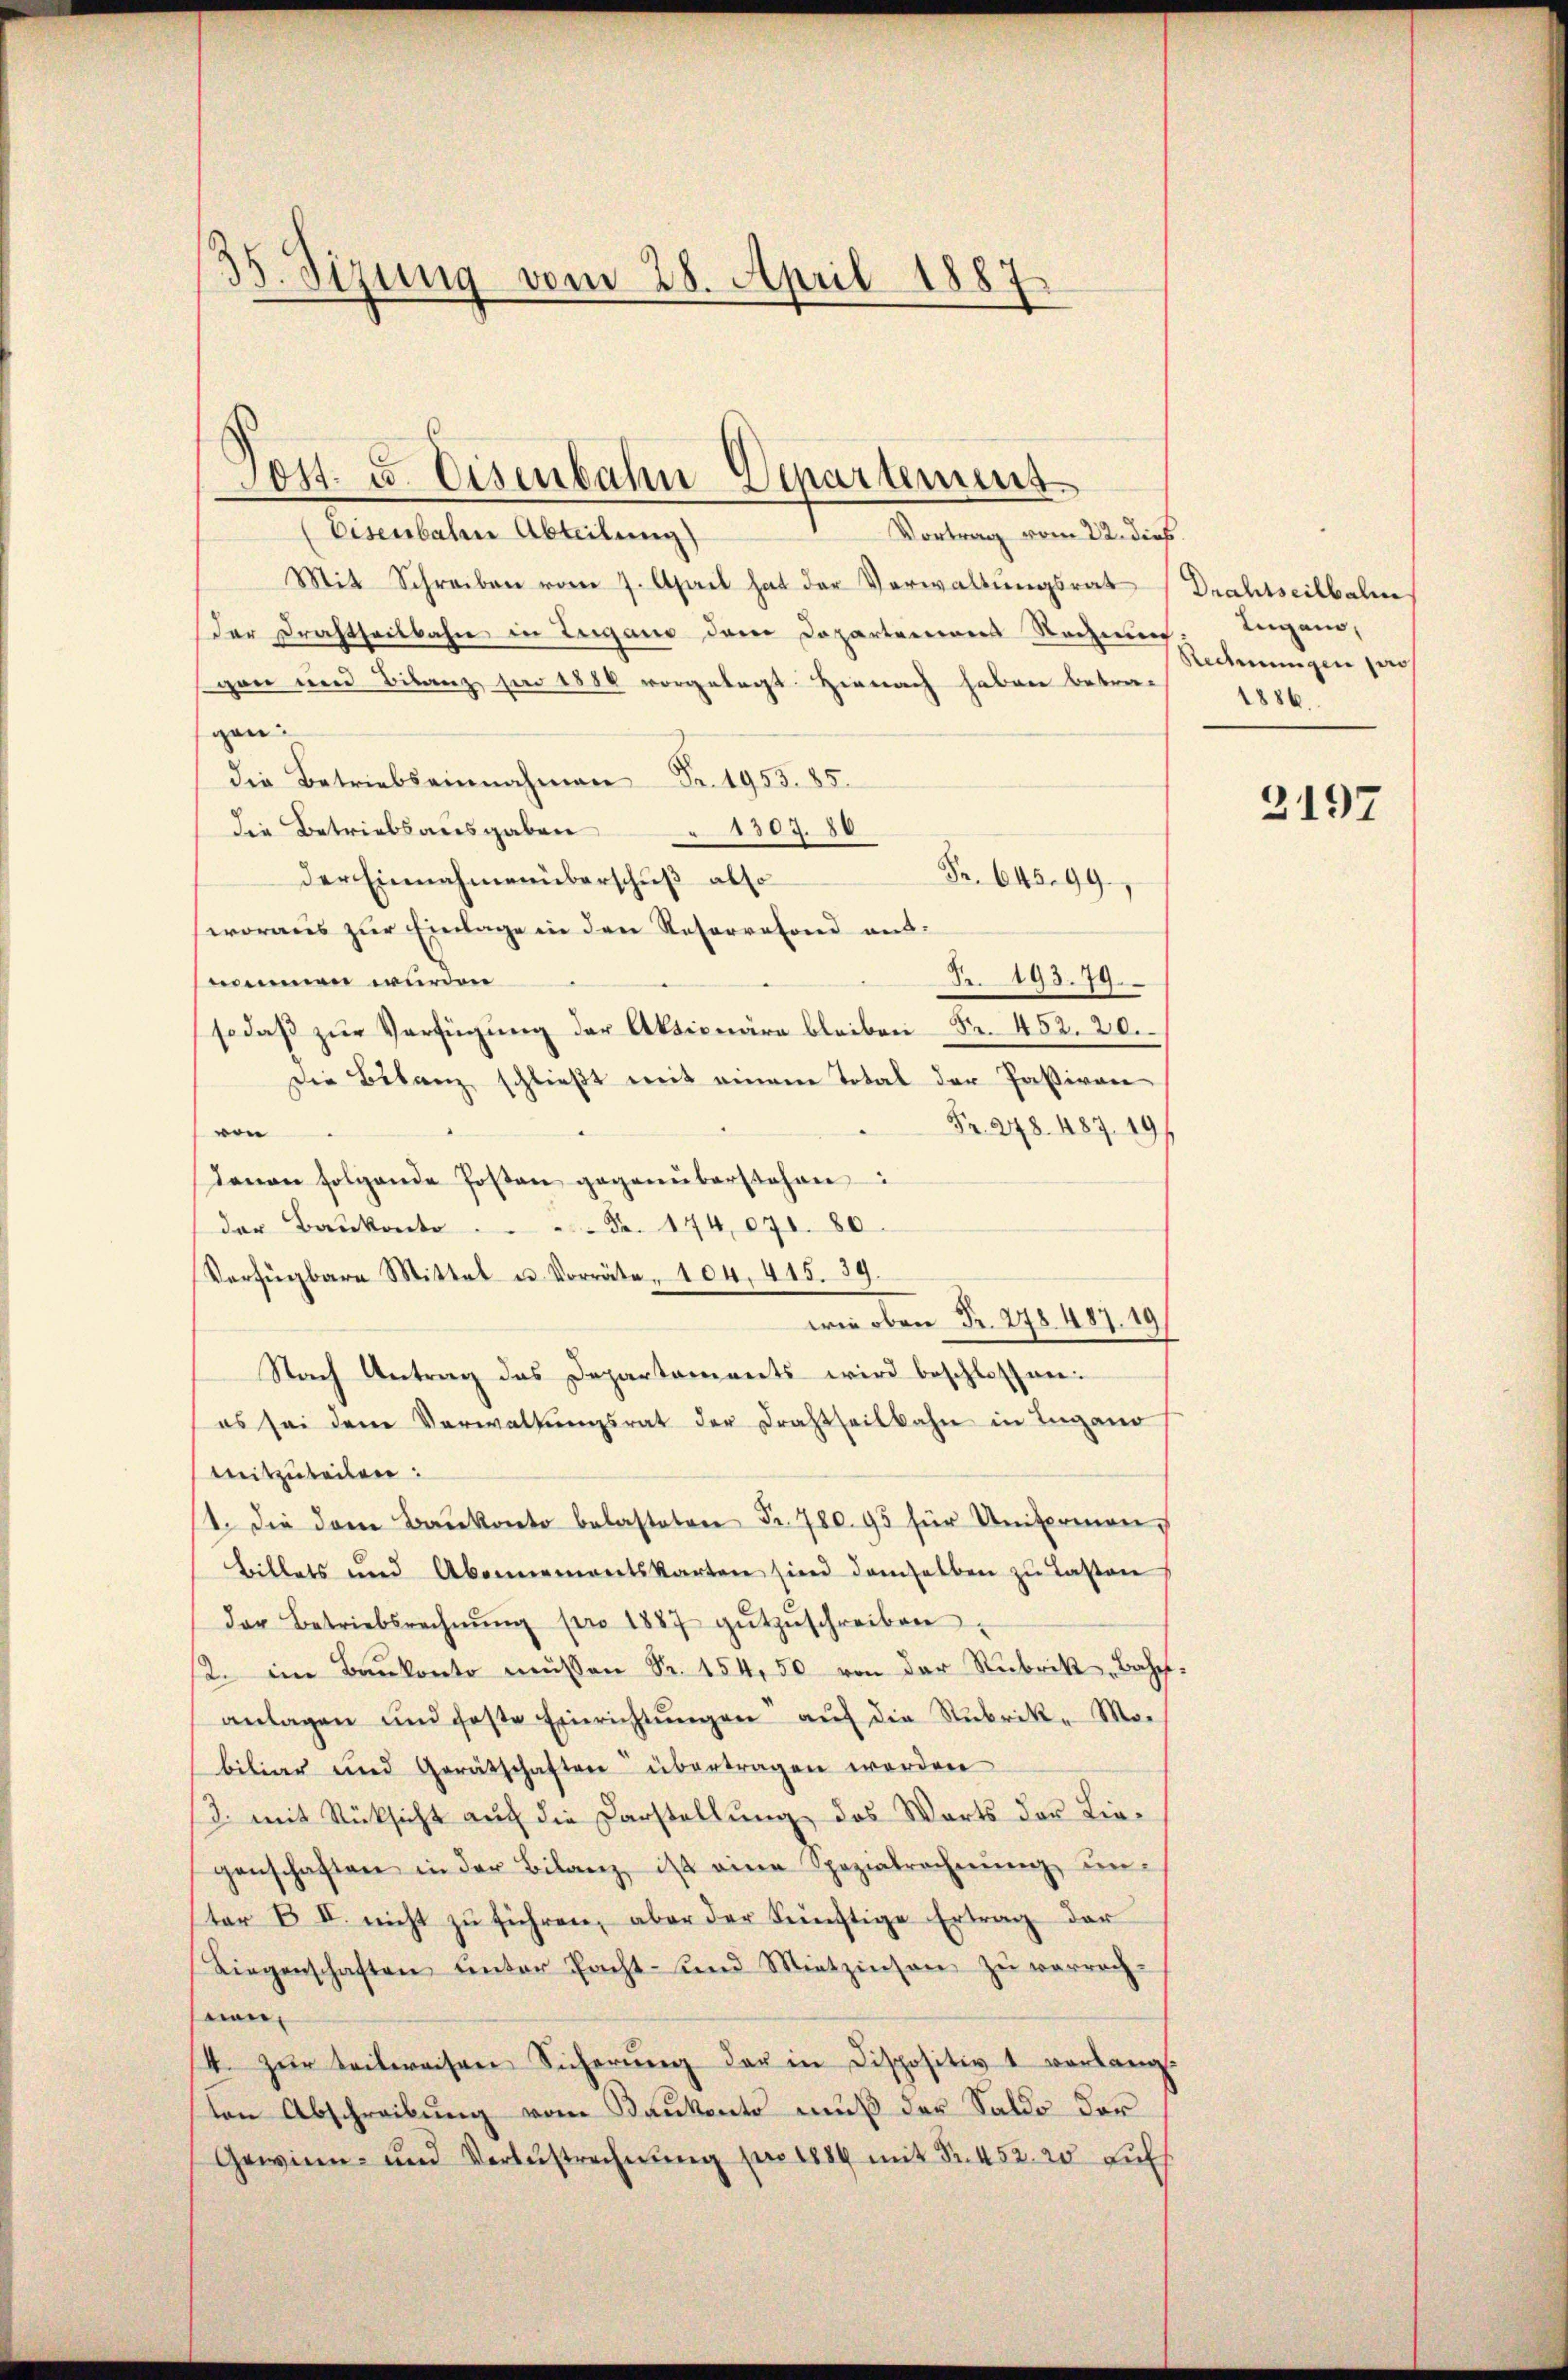
35. Sizung vom 28. April 1887

Vortrag vom 22. dieß.
Mit Schreiben vom 7. April hat der Verwaltungsrat
der Drahtheilbahn in Zugano dem Departemons Rechnung
gan und Bilanz sie 1880 vorgelegt. Hienach haben betra-
gen
die Betriebseinnahmen Fr. 1953. 85.
die Betriebsausgaben
1309. 80
Fr. 645. 99,
der Einnahmenüberschuß also
woraus zur Einlage in den Reservefond ausnommen würden
Fr. 193. 79.
sodaß zur Verfügung der Aktionäre bleiben Fr. 452. 20.
Die Bilanz schließt mit einem Total der Paßiven
Fr. 248. 487. 19
von
denen folgende Posten gegenüberstehen:
der Baŭkonto  ..  ..  ..  ..  Fr. 174,071. 80.
Verfügbare Mittel u. Vorräte, 104, 415. 39.
wie oben Fr. 278. 487. 19
Nach Antrag das Departaments wird beschlossen:
es sei den Verwaltŭngsrat der Drahtheilbahn in Ingano
mitzuteilen:
1. die dem Baŭkonto belasteten Fr. 780. 95 für Untermon
Billets und Abonnementskarten sind demselben zu Lasten
der Betriebsrechnŭng pro 1887 gŭtzŭschreiben.
2. im Baŭkonto müssen Fr. 154,50 von der Rubrik, Bahn-
anlagen und feste Einrichtŭngen aŭf die Rubrik- Mor
biliar und Gerätschaften übertragen worden
3. mit Rücksicht aŭf die Darstellŭng, das Warts der Lie-
genschaften in der Bilanz ist eine Spezialrechnŭng ŭn-
ster B I. nicht zŭ führen, aber der künftige Ertrag der
Liegenschaften unter Pacht- und Mietzinsen zŭ verrech-
nen,
4. zŭr teilweisen Sicherŭng der in Dispositiv 1 verlang.
ten Abschreibung vom Kaukents muß der Saldo der
Gewinn- und Verlustrechnŭng pro 1889 mit Fr. 452. 20 Luf

Post. u. Eisenbahn Departemens
(Eisenbahr Abteilung)

Drahtseilbalm
Lugano,
Rechnungen pero
1886

2197